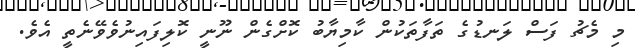
މި މެޗު ފަސް ލަނޑުގެ ތަފާތަކުން ކާމިޔާބު ކޮށްގެން ނޫނީ ކޮލިފައިނުވެވޭނެތީ އެވެ.